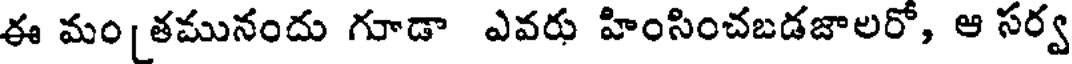
ఈ మం [తమునందు గూడా ఎవరు హింసించబడజాలరో, ఆ సర్వ